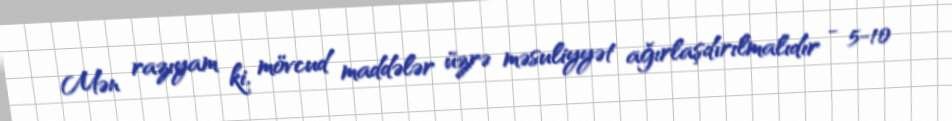
Mən razıyam ki, mövcud maddələr üzrə məsuliyyət ağırlaşdırılmalıdır - 5-10